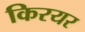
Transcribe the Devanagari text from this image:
किरयर